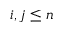
i , j \leq n